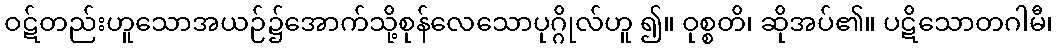
ဝဋ်တည်းဟူသောအယဉ်၌အောက်သို့စုန်လေသောပုဂ္ဂိုလ်ဟူ ၍။ ဝုစ္စတိ၊ ဆိုအပ်၏။ ပဋိသောတဂါမီ၊